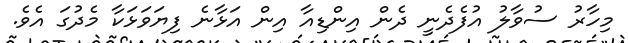
މިހާރު ސުވާލު އުފެދެނީ ދެން އިންޑިއާ އިން އަޅާނެ ފިޔަވަޅަކާ މެދުގަ އެވެ.